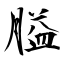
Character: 膉